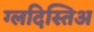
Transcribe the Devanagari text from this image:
ग्लदिस्तिअ